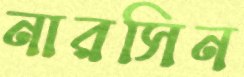
নারসিন